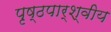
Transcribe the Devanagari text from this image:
पृष्ठपार्श्वीय